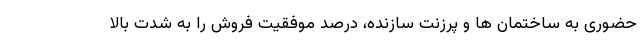
حضوری به ساختمان ها و پرزنت سازنده، درصد موفقیت فروش را به شدت بالا